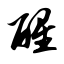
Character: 醒